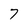
Character: 7